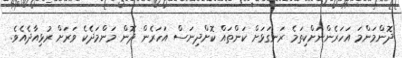
ދޮންމަންމަ އަހަރެންނަށްކިތަމެ ރަނގަޅަށް ކަންތައް ކޮށްދިނަސް އަހަރެން ދޮން މަންމަދެކެ ވަރަށް ރުޅިއާދެއެވެ.